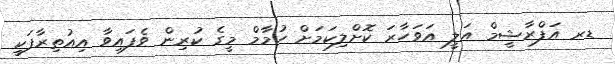
ޑރ އަފްރާޝީމް އަލީ އަވަހާރަ ކޮށްލިކަމަށް ހުމާމް މީގެ ކުރިން ވެފައިވާ އިއުތިރާފަކީ